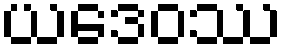
ယဒေဝဿ